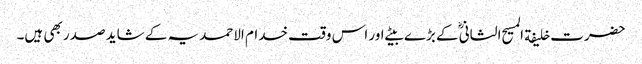
حضرت خلیفة المسیح الثانیؓ کے بڑے بیٹے اور اس وقت خدام الاحمدیہ کے شاید صدر بھی ہیں۔